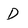
Character: D